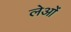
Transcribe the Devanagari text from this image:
लेओं